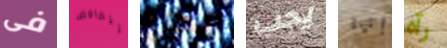
فى تتفاوض الحاج يجب إنها رآه